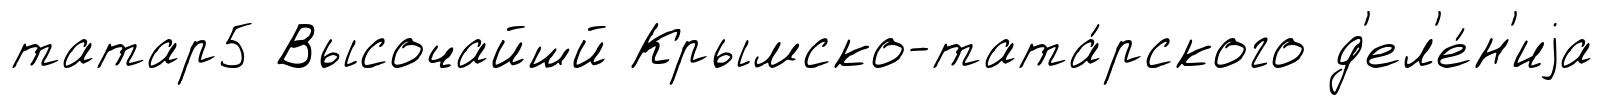
татар5 Высочайшй Крымско-тата́рского д'ел'е́н'иjа